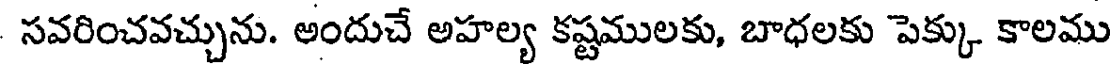
సవరించవచ్చును. అందుచే అహల్య కష్టములకు, బాధలకు పెక్కు కాలము